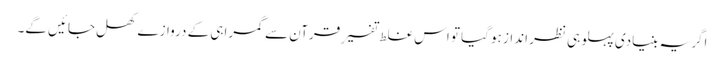
اگر یہ بنیادی پہلو ہی نظر انداز ہو گیا تو اس غلط تفسیرِ قرآن سے گمراہی کے دروازے کھل جائیں گے۔